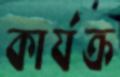
কার্যক্র